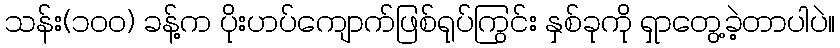
သန်း(၁၀၀) ခန့်က ပိုးဟပ်ကျောက်ဖြစ်ရုပ်ကြွင်း နှစ်ခုကို ရှာတွေ့ခဲ့တာပါပဲ။